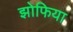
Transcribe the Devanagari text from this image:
झोफिया